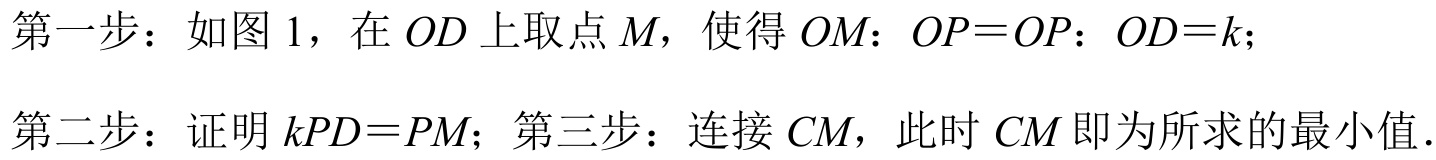
第一步：如图1，在\(OD\)上取点\(M\)，使得\(OM：OP = OP：OD = k\)；
第二步：证明\(kPD = PM\)；第三步：连接\(CM\)，此时\(CM\)即为所求的最小值.